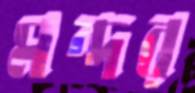
মন্দর